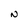
Character: N